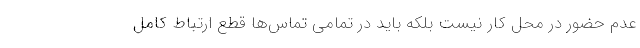
عدم حضور در محل کار نیست بلکه باید در تمامی تماس‌ها قطع ارتباط کامل